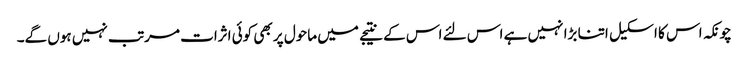
چونکہ اس کا اسکیل اتنا بڑا نہیں ہے اس لئے اس کے نتیجے میں ماحول پر بھی کوئی اثرات مرتب نہیں ہوں گے۔